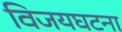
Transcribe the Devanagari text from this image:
विजयघटना